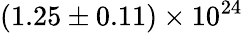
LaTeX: \mathrm{{(1.25\pm 0.11)\times 10^{24}}}